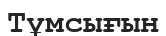
Тұмсығын